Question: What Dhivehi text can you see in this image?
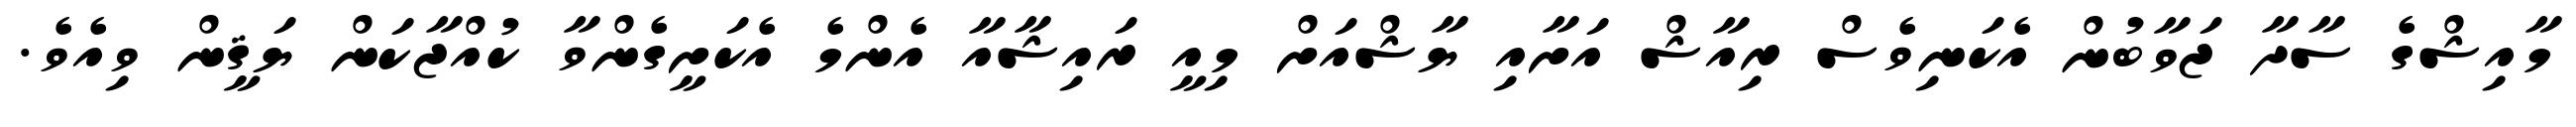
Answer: މާއިޝްގެ ސާދާ ޖަވާބުން އެކަނިވެސް ރިއާޝް އަށާއި ޔާޝްއަށް މިއީ ރައިޝާއާ އެންމެ އެކަށީގެންވާ ކުއްޖާކަން ޔަޤީން ވިއެވެ.